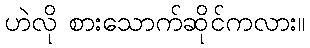
ဟဲလို စားသောက်ဆိုင်ကလား။